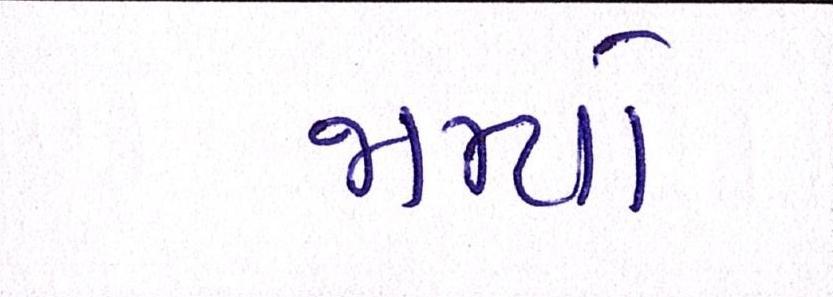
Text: જામ્યો